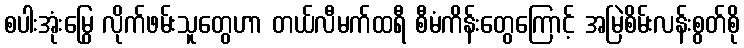
စပါးအုံးမြွေ လိုက်ဖမ်းသူတွေဟာ တယ်လီမက်ထရီ စီမံကိန်းတွေကြောင့် အမြဲစိမ်းလန်းစွတ်စို